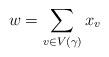
LaTeX: \begin{align*} w = \sum_{v \in V(\gamma)} x_v\end{align*}